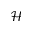
\mathcal { H }